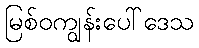
မြစ်ဝကျွန်းပေါ်ဒေသ